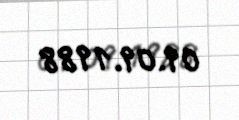
09.09.1988